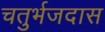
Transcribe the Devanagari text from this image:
चतुर्भजदास